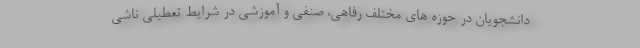
دانشجویان در حوزه های مختلف رفاهی، صنفی و آموزشی در شرایط تعطیلی ناشی